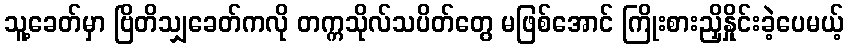
သူ့ခေတ်မှာ ဗြိတိသျှခေတ်ကလို တက္ကသိုလ်သပိတ်တွေ မဖြစ်အောင် ကြိုးစားညှိနှိုင်းခဲ့ပေမယ့်